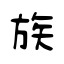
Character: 族